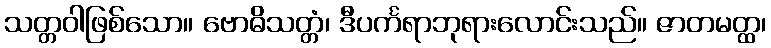
သတ္တဝါဖြစ်သော။ ဗောဓိသတ္တံ၊ ဒီပင်္ကရာဘုရားလောင်းသည်။ ဇာတမတ္ထ၊